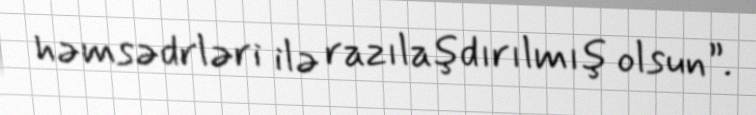
həmsədrləri ilə razılaşdırılmış olsun”.